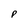
Character: P